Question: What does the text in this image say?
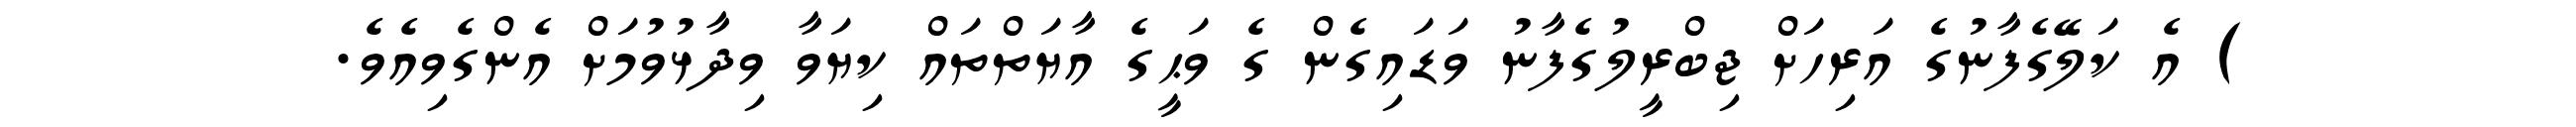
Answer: ) އެ ކަލޭގެފާނުގެ އަރިހަށް ޖިބްރީލުގެފާނު ވަޑައިގެން ގެ ވަޙީގެ އާޔަތްތައް ކިޔަވާ ވިދާޅުވުމަށް އެންގެވިއެވެ.